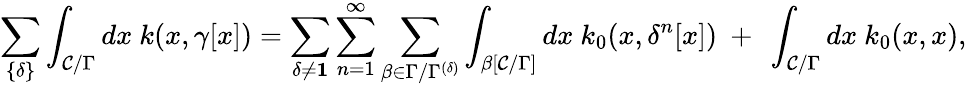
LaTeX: \sum_{\{ \delta\} }\int_{{\cal C}/\Gamma}dx~k(x,\gamma[x])=\sum_{\delta\neq{\mathbf 1}}\sum_{n=1}^{\infty}\sum_{\beta\in\Gamma/\Gamma^{(\delta)}}\int_{\beta[{\cal C}/\Gamma]}dx~k_{0}(x,\delta^{n}[x])~+~\int_{{\cal C}/\Gamma}dx~k_{0}(x,x),